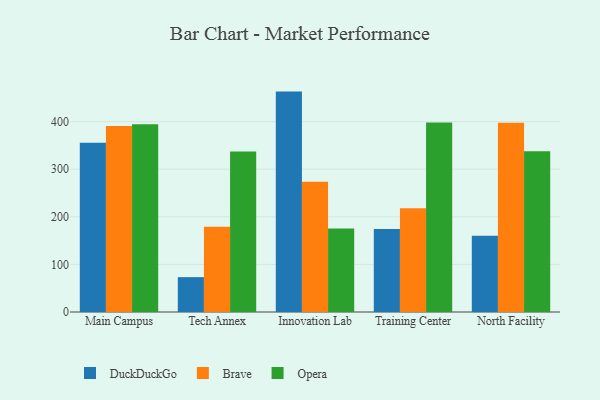
{"axis": {"x": "Campus", "y": "Backlog"}, "legend": ["Brave", "DuckDuckGo", "Opera"], "data": [{"x": "Main Campus", "y": 355.6, "type": "DuckDuckGo"}, {"x": "Main Campus", "y": 390.8, "type": "Brave"}, {"x": "Main Campus", "y": 394.4, "type": "Opera"}, {"x": "Tech Annex", "y": 73.2, "type": "DuckDuckGo"}, {"x": "Tech Annex", "y": 178.9, "type": "Brave"}, {"x": "Tech Annex", "y": 337.4, "type": "Opera"}, {"x": "Innovation Lab", "y": 463.0, "type": "DuckDuckGo"}, {"x": "Innovation Lab", "y": 273.6, "type": "Brave"}, {"x": "Innovation Lab", "y": 175.5, "type": "Opera"}, {"x": "Training Center", "y": 174.6, "type": "DuckDuckGo"}, {"x": "Training Center", "y": 217.8, "type": "Brave"}, {"x": "Training Center", "y": 397.9, "type": "Opera"}, {"x": "North Facility", "y": 160.0, "type": "DuckDuckGo"}, {"x": "North Facility", "y": 397.5, "type": "Brave"}, {"x": "North Facility", "y": 337.7, "type": "Opera"}]}